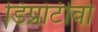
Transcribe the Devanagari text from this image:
डिप्रोटीवो